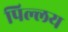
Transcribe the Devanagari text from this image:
पिल्लय